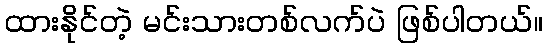
ထားနိုင်တဲ့ မင်းသားတစ်လက်ပဲ ဖြစ်ပါတယ်။